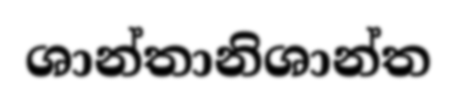
ශාන්තානිශාන්ත